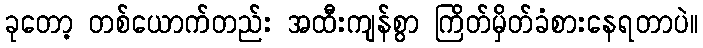
ခုတော့ တစ်ယောက်တည်း အထီးကျန်စွာ ကြိတ်မှိတ်ခံစားနေရတာပဲ။